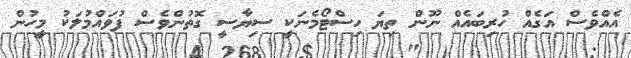
އެއްވެސް އަގެއް ހުރިބައެއް ނޫން ތިޔަ ހިސްޓޯމެނަކީ ސިޔާސީ ގޮތުންވެސް ފުވައްމުލަކު މީހުން